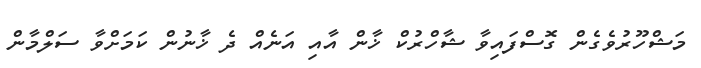
މަޝްހޫރުވެގެން ގޮސްފައިވާ ޝާހްރުކް ޚާން އާއި އަނެއް ދެ ޚާނުން ކަމަށްވާ ސަލްމާން